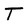
Character: T